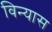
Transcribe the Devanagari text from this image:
विन्‍यास